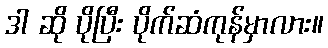
ဒါ ဆို ပိုပြီး ပိုက်ဆံကုန်မှာလား။